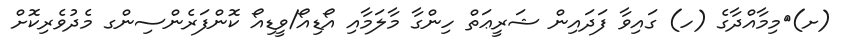
(ށ)	މިމާއްދާގެ (ހ) ގައިވާ ފަދައިން ޝަރީޢަތް ހިންގާ މާލަމާއި އޯޑިއޯ/ވީޑިއޯ ކޮންފަރެންސިންގ މެދުވެރިކޮށް